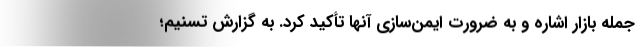
جمله بازار اشاره و به ضرورت ایمن‌سازی آنها تأکید کرد. به گزارش تسنیم؛